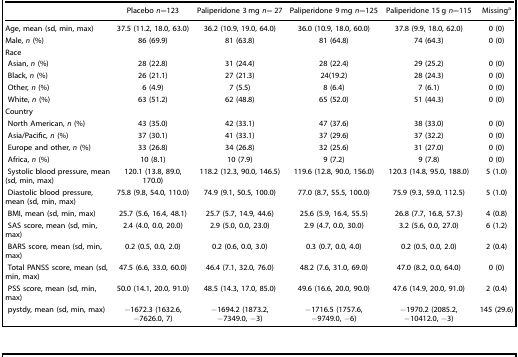
<table><thead><tr><td></td><td><b>Placebo <i>n</i>=123</b></td><td><b>Paliperidone 3 mg <i>n</i>= 27</b></td><td><b>Paliperidone 9 mg <i>n</i>=125</b></td><td><b>Paliperidone 15 g <i>n</i>=115</b></td><td><b>Missing<sup>a</sup></b></td></tr></thead><tbody><tr><td>Age, mean (sd, min, max)</td><td>37.5 (11.2, 18.0, 63.0)</td><td>36.2 (10.9, 19.0, 64.0)</td><td>36.0 (10.9, 18.0, 60.0)</td><td>37.8 (9.9, 18.0, 62.0)</td><td>0 (0)</td></tr><tr><td>Male, <i>n</i> (%)</td><td>86 (69.9)</td><td>81 (63.8)</td><td>81 (64.8)</td><td>74 (64.3)</td><td>0 (0)</td></tr><tr><td colspan="6">Race</td></tr><tr><td> Asian, <i>n</i> (%)</td><td>28 (22.8)</td><td>31 (24.4)</td><td>28 (22.4)</td><td>29 (25.2)</td><td>0 (0)</td></tr><tr><td> Black, <i>n</i> (%)</td><td>26 (21.1)</td><td>27 (21.3)</td><td>24(19.2)</td><td>28 (24.3)</td><td>0 (0)</td></tr><tr><td> Other, <i>n</i> (%)</td><td>6 (4.9)</td><td>7 (5.5)</td><td>8 (6.4)</td><td>7 (6.1)</td><td>0 (0)</td></tr><tr><td> White, <i>n</i> (%)</td><td>63 (51.2)</td><td>62 (48.8)</td><td>65 (52.0)</td><td>51 (44.3)</td><td>0 (0)</td></tr><tr><td colspan="6">Country</td></tr><tr><td> North American, <i>n</i> (%)</td><td>43 (35.0)</td><td>42 (33.1)</td><td>47 (37.6)</td><td>38 (33.0)</td><td>0 (0)</td></tr><tr><td> Asia/Pacific, <i>n</i> (%)</td><td>37 (30.1)</td><td>41 (33.1)</td><td>37 (29.6)</td><td>37 (32.2)</td><td>0 (0)</td></tr><tr><td> Europe and other, <i>n</i> (%)</td><td>33 (26.8)</td><td>34 (26.8)</td><td>32 (25.6)</td><td>31 (27.0)</td><td>0 (0)</td></tr><tr><td> Africa, <i>n</i> (%)</td><td>10 (8.1)</td><td>10 (7.9)</td><td>9 (7.2)</td><td>9 (7.8)</td><td>0 (0)</td></tr><tr><td> Systolic blood pressure, mean (sd, min, max)</td><td>120.1 (13.8, 89.0, 170.0)</td><td>118.2 (12.3, 90.0, 146.5)</td><td>119.6 (12.8, 90.0, 156.0)</td><td>120.3 (14.8, 95.0, 188.0)</td><td>5 (1.0)</td></tr><tr><td> Diastolic blood pressure, mean (sd, min, max)</td><td>75.8 (9.8, 54.0, 110.0)</td><td>74.9 (9.1, 50.5, 100.0)</td><td>77.0 (8.7, 55.5, 100.0)</td><td>75.9 (9.3, 59.0, 112.5)</td><td>5 (1.0)</td></tr><tr><td> BMI, mean (sd, min, max)</td><td>25.7 (5.6, 16.4, 48.1)</td><td>25.7 (5.7, 14.9, 44.6)</td><td>25.6 (5.9, 16.4, 55.5)</td><td>26.8 (7.7, 16.8, 57.3)</td><td>4 (0.8)</td></tr><tr><td> SAS score, mean (sd, min, max)</td><td>2.4 (4.0, 0.0, 20.0)</td><td>2.9 (5.0, 0.0, 23.0)</td><td>2.9 (4.7, 0.0, 30.0)</td><td>3.2 (5.6, 0.0, 27.0)</td><td>6 (1.2)</td></tr><tr><td> BARS score, mean (sd, min, max)</td><td>0.2 (0.5, 0.0, 2.0)</td><td>0.2 (0.6, 0.0, 3.0)</td><td>0.3 (0.7, 0.0, 4.0)</td><td>0.2 (0.5, 0.0, 2.0)</td><td>2 (0.4)</td></tr><tr><td> Total PANSS score, mean (sd, min, max)</td><td>47.5 (6.6, 33.0, 60.0)</td><td>46.4 (7.1, 32.0, 76.0)</td><td>48.2 (7.6, 31.0, 69.0)</td><td>47.0 (8.2, 0.0, 64.0)</td><td>0 (0)</td></tr><tr><td> PSS score, mean (sd, min, max)</td><td>50.0 (14.1, 20.0, 91.0)</td><td>48.5 (14.3, 17.0, 85.0)</td><td>49.6 (16.6, 20.0, 90.0)</td><td>47.6 (14.9, 20.0, 91.0)</td><td>2 (0.4)</td></tr><tr><td> pystdy, mean (sd, min, max)</td><td>−1672.3 (1632.6, −7626.0, 7)</td><td>−1694.2 (1873.2, −7349.0, −3)</td><td>−1716.5 (1757.6, −9749.0, −6)</td><td>−1970.2 (2085.2, −10412.0, −3)</td><td>145 (29.6)</td></tr></tbody></table>